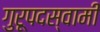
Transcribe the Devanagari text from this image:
गुरूपदस्वामी